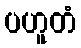
ပဟူတံ